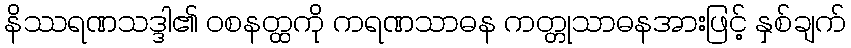
နိဿရဏသဒ္ဒါ၏ ဝစနတ္ထကို ကရဏသာဓန ကတ္တုသာဓနအားဖြင့် နှစ်ချက်